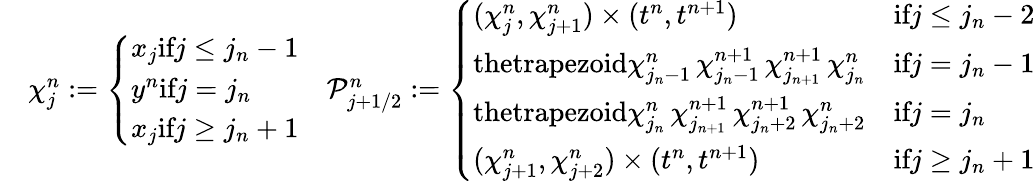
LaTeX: \begin{array}{rlr}&{\chi_{j}^{n}:=\left\lbrace\begin{array}{l}{x_{j}\textrm{if}j\leq j_{n}-1}\\ {y^{n}\textrm{if}j=j_{n}}\\ {x_{j}\textrm{if}j\geq j_{n}+1}\end{array}\right.}&{\mathcal{P}_{j+1/2}^{n}:=\left\lbrace\begin{array}{ll}{(\chi_{j}^{n},\chi_{j+1}^{n})\times(t^{n},t^{n+1})}&{\textrm{if}j\leq j_{n}-2}\\ {\textrm{thetrapezoid}\chi_{j_{n}-1}^{n}\, \chi_{j_{n}-1}^{n+1}\, \chi_{j_{n+1}}^{n+1}\, \chi_{j_{n}}^{n}}&{\textrm{if}j=j_{n}-1}\\ {\textrm{thetrapezoid}\chi_{j_{n}}^{n}\, \chi_{j_{n+1}}^{n+1}\, \chi_{j_{n}+2}^{n+1}\, \chi_{j_{n}+2}^{n}}&{\textrm{if}j=j_{n}}\\ {(\chi_{j+1}^{n},\chi_{j+2}^{n})\times(t^{n},t^{n+1})}&{\textrm{if}j\geq j_{n}+1}\end{array}\right.}\end{array}